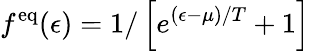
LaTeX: f^{\mathrm{eq}}(\epsilon)=1/\left[e^{(\epsilon-\mu)/T}+1\right]